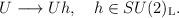
LaTeX: \begin{align*}U \longrightarrow Uh, ~~~h\in SU(2)_{\rm L}.\end{align*}